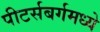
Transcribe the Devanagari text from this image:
पीटर्सबर्गमध्ये